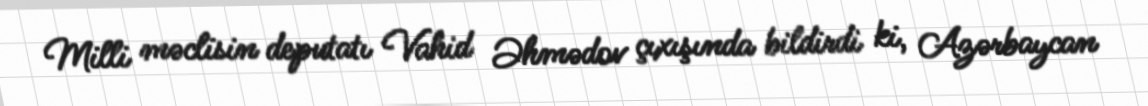
Milli məclisin deputatı Vahid Əhmədov çıxışında bildirdi ki, Azərbaycan